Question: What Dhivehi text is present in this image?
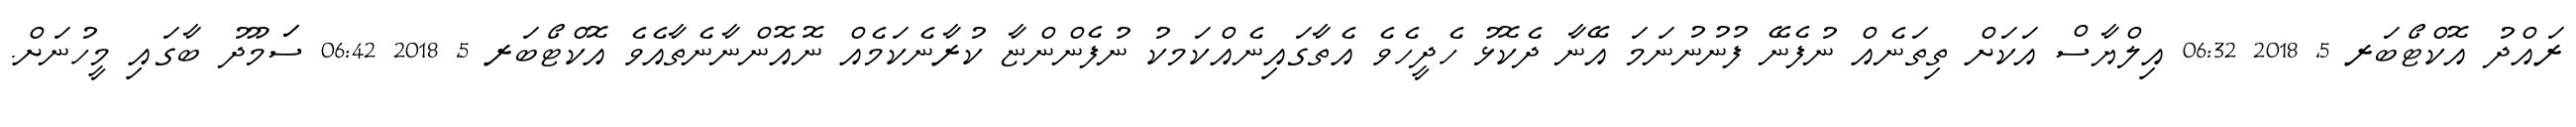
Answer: ރައްދު އޮކްޓޯބަރ 5, 2018 06:32 އިލްޔާސް އަކަށް ތިތަނެއް ނުފެނޭ ފުނުނުނަމަ އޭނާ ދެކޮޅު ހެދީހެވެ އެތާގައިނެއްކަމކު ނުފެންންޏާ ކުރާނެކަމެއް ނޮއޮންނާނެތާއެވެ އޮކްޓޯބަރ 5, 2018 06:42 ސަަމޫދު ބާގައި މީހުނަށް.